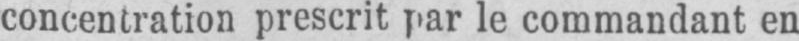
concentration prescrit par le commandant en